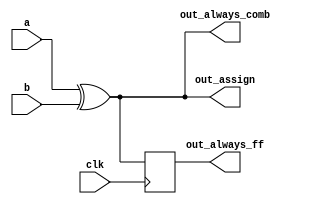
// synthesis verilog_input_version verilog_2001
module top_module(
    input clk,
    input a,
    input b,
    output wire out_assign,
    output reg out_always_comb,
    output reg out_always_ff   );

    // assign statement
    assign out_assign = a ^ b;
    
    // combinational always block
    always @(*) out_always_comb = a ^ b;    
    
    // clocked/sequential always block
    always @(posedge clk) out_always_ff <= a ^ b;
endmodule